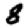
Digit: 8